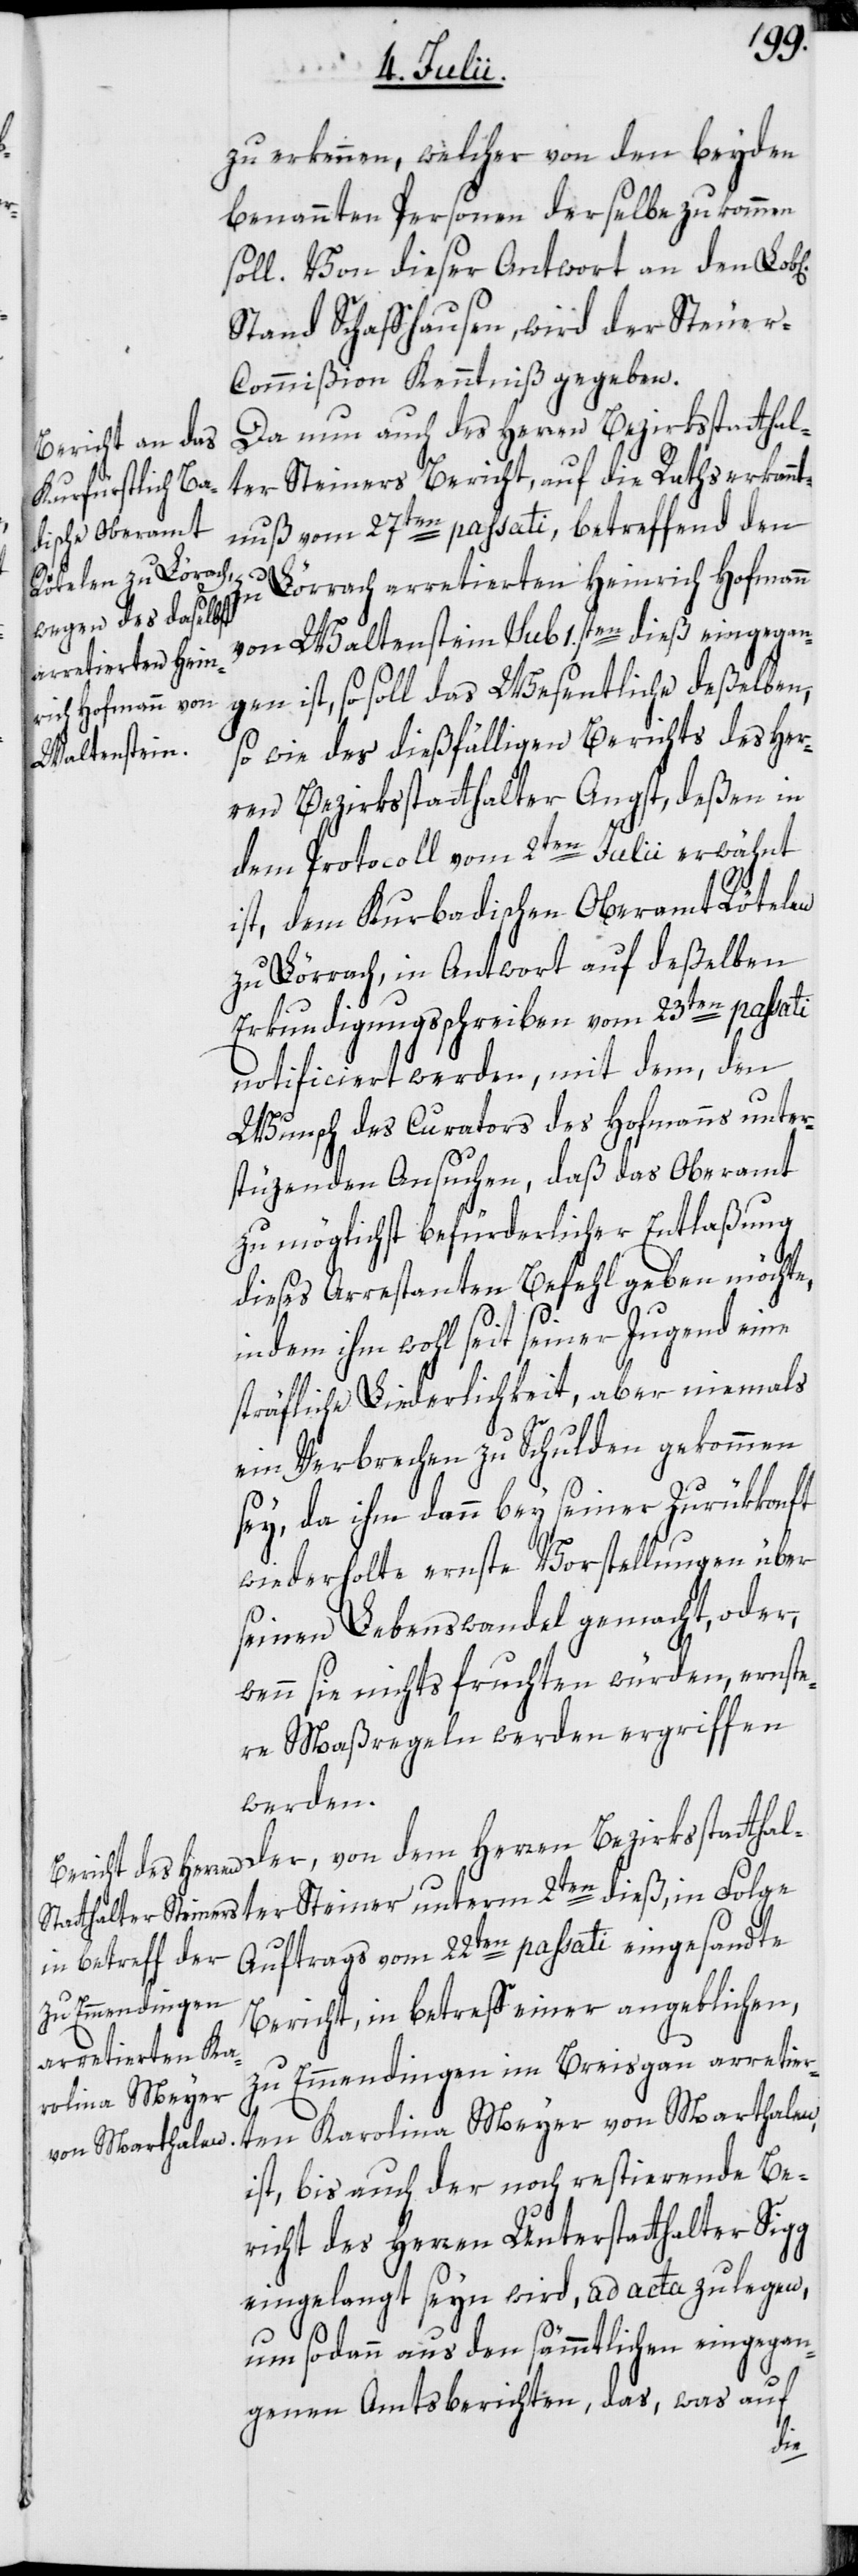
zu erkennen, welcher von den beyden
benannten Personen derselbe zukommen
soll. Von dieser Antwort an den Lob[l¬
Stand Schaffhausen, wird der Steue¬
r-Commißion Kenntniß gegeben.
Da nun auch des Herren Bezirksstatthal¬
ter Steiners Bericht, auf die Rathserkannt¬
nuß vom 27ten passati, betreffend den
Lörrach arretierten Heinrich Hofmann
2ten
von Waltenstein sub 1.sten dieß eingegan¬
gen ist, so soll das Wesentliche deßelben,
so wie des dießfälligen Berichts des Her¬
ren Bezirksstatthalter Angst, deßen in
dem Protocoll vom 2ten Julii erwähnt
ist, dem Kurbadischen Oberamt Rötelen
zu Lörrach, in Antwort auf deßelben
Erkundigungsschreiben vom 23ten passati
notificiert werden, mit dem, den
Wunsch des Curators des Hofmanns unter¬
stüzenden Ansuchen, daß das Oberamt
zu möglichst befürderlicher Entlaßung
dieses Arrestanten Befehl geben möchte,
indem ihm wohl seit seiner Jugend eine
sträfliche Liederlichkeit, aber niemals
ein Verbrechen zu Schulden gekommen
sey, da ihm dann bey seiner Zurükkonft
wiederholte ernste Vorstellungen über
seinen Lebenswandel gemacht, oder,
wenn sie nichts fruchten würden, ernste¬
re Maßregeln werden ergriffen
werden.
Der, von dem Herren Bezirksstatthal¬
Auftrags vom 22ten passati eingesandte
Bericht, in betreff einer angeblichen,
zu Emmendingen im Breisgau arretier¬
ten Karolina Meyer von Marthalen,
ist, bis auch der noch restierende Be¬
richt des Herren Unterstatthalter Sigg
eingelangt seyn wird, ad acta zu legen,
um sodann aus den sämmtlichen eingegan¬
genen Amtsberichten, das, was auf
ter